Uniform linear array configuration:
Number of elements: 64
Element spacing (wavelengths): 1
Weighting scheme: exponential
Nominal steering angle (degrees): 15
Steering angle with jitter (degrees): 16.308
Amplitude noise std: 0.05
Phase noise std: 0.05

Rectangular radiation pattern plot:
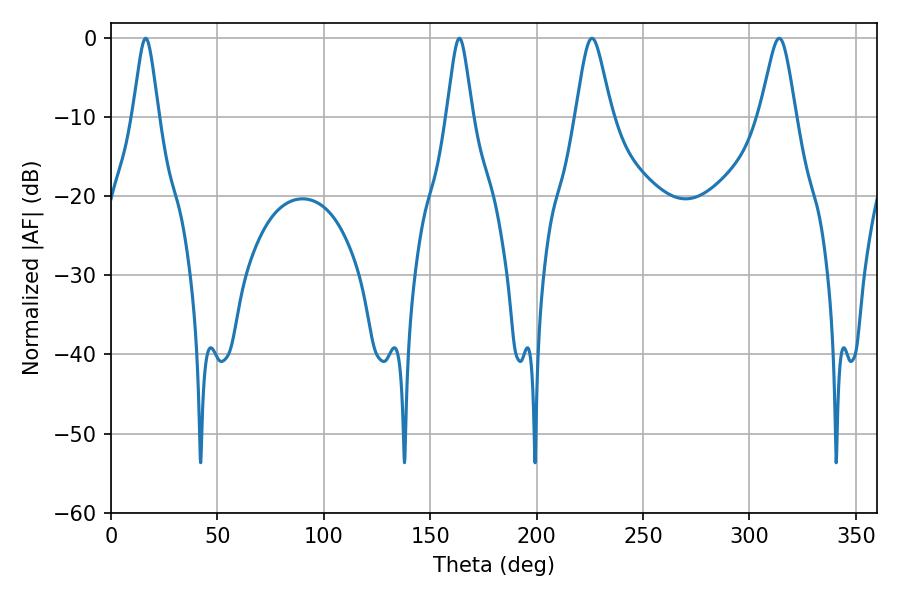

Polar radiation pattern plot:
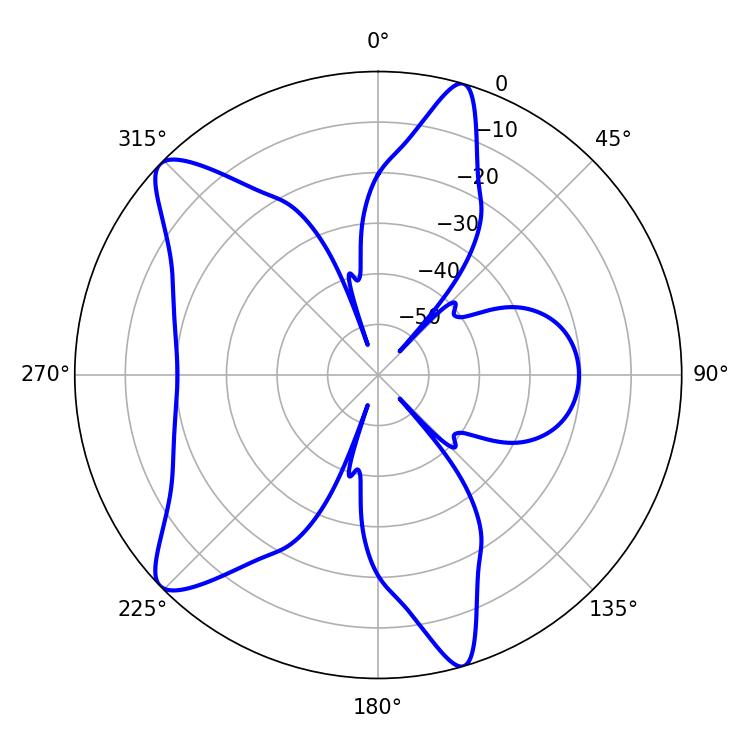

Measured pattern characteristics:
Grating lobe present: TRUE
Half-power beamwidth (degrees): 8.1
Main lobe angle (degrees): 313.92